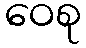
ဝေစု